Sanitation, dispensaries and jails vaccination Rajputana 1922-1927 - 1922-1927
Year: 1922
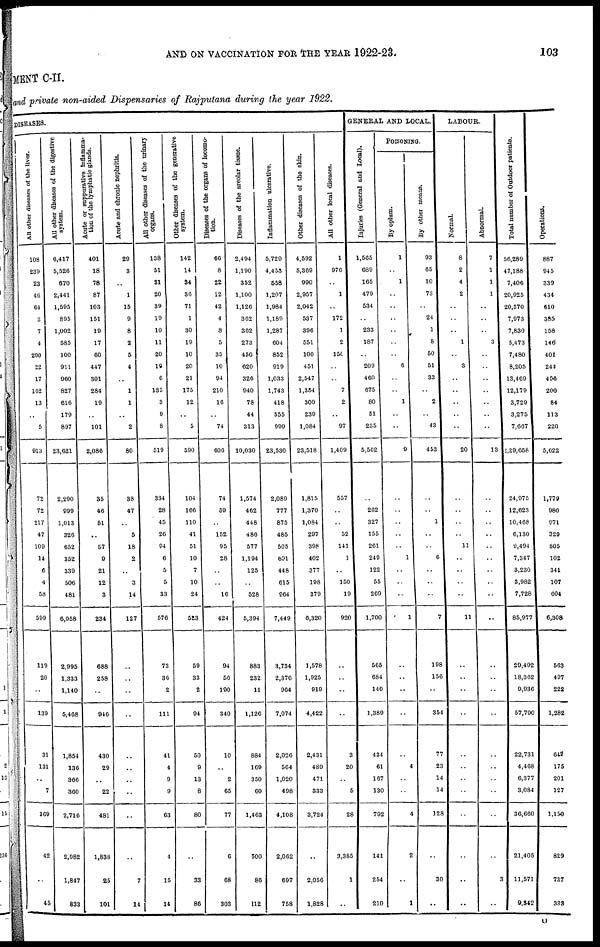
AND ON VACCINATION FOR THE YEAR
1922-23.
103
MENT C-II.
and private non-aided Dispensaries of Rajputana during the year 1922.
DISEASES.
All other diseases of the liver.
108
239
23
46
64
3
7
4
200
22
17
162
13
..
5
913
72
72
217
47
109
14
6
4
58
599
119
20
..
139
31
131
..
7
169
42
..
45
All other diseases of the digestive
system.
6,417
6,526
670
2,441
1,595
895
1,002
585
100
911
960
827
616
179
897
23,621
2,290
999
1,013
326
652
352
339
506
481
6,958
2,995
1,333
1,140
5,468
1,854
136
366
360
2,716
2,982
1,847
833
Acute or suppurative Inflamma-
tion of the lymphatic glands.
401
18
78
87
103
151
19
17
60
447
301
284
19
..
101
2,086
35
46
51
..
57
9
21
12
3
234
688
258
..
946
430
29
..
22
481
1,838
25
101
Acute and chronic nephritis.
29
3
..
1
15
9
8
2
5
4
..
1
1
..
2
80
38
47
..
5
18
2
..
3
14
127
..
..
..
..
..
..
..
..
..
..
7
14
All other diseases of the urinary
organs.
138
51
31
20
39
19
10
11
20
19
6
135
3
9
8
519
334
28
45
26
94
6
5
5
33
576
73
36
2
111
41
4
9
9
63
4
15
14
Other diseases of the generative
system.
142
14
34
36
71
1
30
19
10
20
21
175
12
..
5
590
104
166
110
41
51
10
7
10
24
523
59
33
2
94
50
9
13
8
80
..
33
86
Diseases of the organs of locomo-
tion.
66
8
22
12
42
4
8
5
35
10
94
210
16
..
74
606
74
59
..
152
95
28
..
..
16
424
94
56
190
340
10
..
2
65
77
6
68
303
Diseases of the areolar tissue.
2,494
1,190
352
1,100
1,126
362
362
273
450
620
326
940
78
44
313
10,030
1,574
462
448
486
577
1,194
125
..
528
5,394
883
232
11
1,126
884
169
350
60
1,463
500
86
112
Inflammation ulcerative.
5,720
4,453
558
1,207
1,984
1,189
1,287
604
852
919
1,033
1,743
418
555
999
23,530
2,089
777
875
485
505
691
448
615
964
7,449
3,734
2,376
964
7,074
2,026
564
1,020
498
4,108
2,062
697
758
Other diseases of the skin.
4,592
5,369
990
2,957
2,042
537
396
551
100
451
2,547
1,354
309
239
1,084
23,518
1,815
1,370
1,084
297
398
402
377
198
379
6,320
1,578
1,925
919
4,422
2,431
489
471
333
3,724
..
2,056
1,828
All other local diseases.
1
976
..
1
..
172
1
2
150
..
..
7
2
..
97
1,409
557
..
..
52
141
1
..
150
19
920
..
..
..
..
3
20
..
5
28
3,385
1
..
GENERAL AND LOCAL.
Injuries (General and Local).
1,565
689
165
479
534
..
233
187
..
209
460
675
80
51
235
5,562
..
262
327
155
261
249
122
55
269
1,700
565
684
140
1,389
434
61
167
130
792
141
254
210
POISONING.
By opium.
1
..
1
..
..
..
..
..
..
6
..
..
1
..
..
9
..
..
..
..
..
1
..
..
..
1
..
..
..
..
..
4
..
..
4
2
..
1
By other means.
93
65
10
73
..
24
1
8
50
51
33
..
2
..
43
453
..
..
1
..
..
6
..
..
..
7
198
156
..
354
77
23
14
14
128
..
30
..
LABOUR.
Normal.
8
2
4
2
..
..
..
1
..
3
..
..
..
..
..
20
..
..
..
..
11
..
..
..
..
11
..
..
..
..
..
..
..
..
..
..
..
..
Abnormal.
7
1
1
1
..
..
..
3
..
..
..
..
..
..
..
13
..
..
..
..
..
..
..
..
..
..
..
..
..
..
..
..
..
..
..
..
3
..
Total number of Outdoor patients.
56,289
47,188
7,406
20,925
20,570
7,973
7,830
5,473
7,480
8,205
13,469
12,179
3,729
3,275
7,667
2,29,658
24,975
12,623
10,468
6,130
9,494
7,347
3,230
3,982
7,728
85,977
29,492
18,362
9,936
57,790
22,731
4,468
6,377
3,084
36,660
21,405
11,571
9,342
Operations.
887
945
339
434
610
385
158
146
401
244
456
200
84
113
220
5,622
1,779
980
971
329
805
102
341
107
604
6,308
563
497
222
1,282
647
175
201
127
1,150
829
737
333
O